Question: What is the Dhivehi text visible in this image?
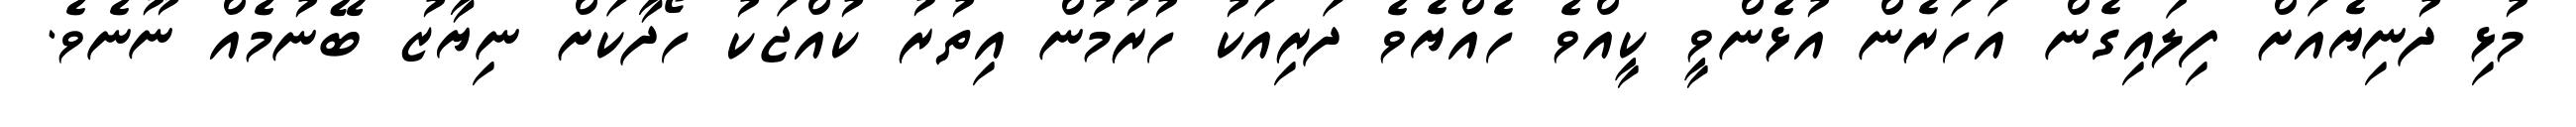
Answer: މުޅި ދުނިޔެއަށް ފިލައިގެން އަހަރެން އުޅެންވީ ކީއްވެ ހެއްޔެވެ ދަރިއަކު ހުރުމުން އިތުރު ކުއްޖަކު ހޯދާކަށް ނިޔާޒު ބޭނުމެއް ނޫނެވެ.